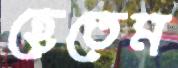
হেতেম